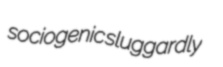
sociogenic sluggardly